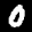
Label: 0